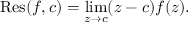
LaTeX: \operatorname { R e s } ( f , c ) = \operatorname* { l i m } _ { z \to c } ( z - c ) f ( z ) .